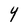
Character: Y